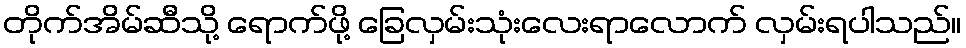
တိုက်အိမ်ဆီသို့ ရောက်ဖို့ ခြေလှမ်းသုံးလေးရာလောက် လှမ်းရပါသည်။